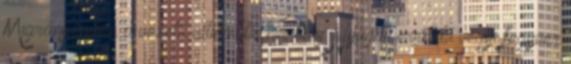
Migránsügyben a vezető alternatív hír-blog Nyugati eredetű vegyi fegyver